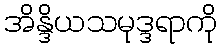
အိန္ဒိယသမုဒ္ဒရာကို